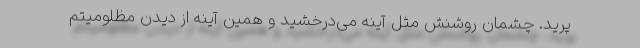
پرید. چشمان روشنش مثل آینه می‌درخشید و همین آینه از دیدن مظلومیتم